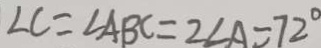
\angle C = \angle A B C = 2 \angle A = 7 2 ^ { \circ }